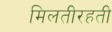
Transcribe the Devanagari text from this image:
मिलतीरहती